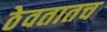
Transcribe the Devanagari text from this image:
ठेवतातच